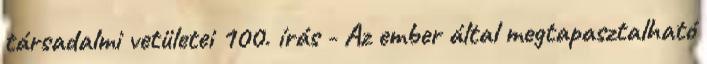
társadalmi vetületei 100. írás - Az ember által megtapasztalható